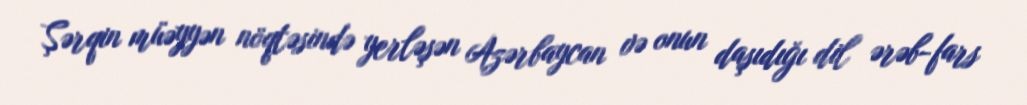
Şərqin müəyyən nöqtəsində yerləşən Azərbaycan və onun daşıdığı dil ərəb-fars